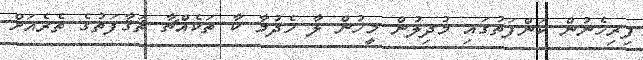
ފިރިހެނުން ކަންފަތުގައި މުދިލުން މީހުން ލާ ހެދުމާ ކާ ތަކެއްޗާ ޘަޤާފަތުގެ ތެރެއަށް